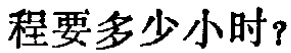
程要多少小时？